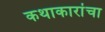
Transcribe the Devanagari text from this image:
कथाकारांचा